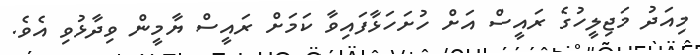
މިއަދު މަޖިލީހުގެ ރައީސް އަށް ހުށަހަޅާފައިވާ ކަމަށް ރައީސް ޔާމީން ވިދާޅުވި އެވެ.